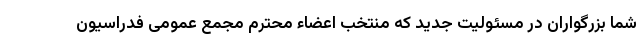
شما بزرگواران در مسئولیت جدید که منتخب اعضاء محترم مجمع عمومی فدراسیون